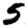
Digit: 5